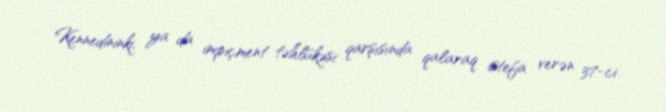
Kennedininki, ya da impiçment təhlükəsi qarşısında qalaraq istefa verən 37-ci